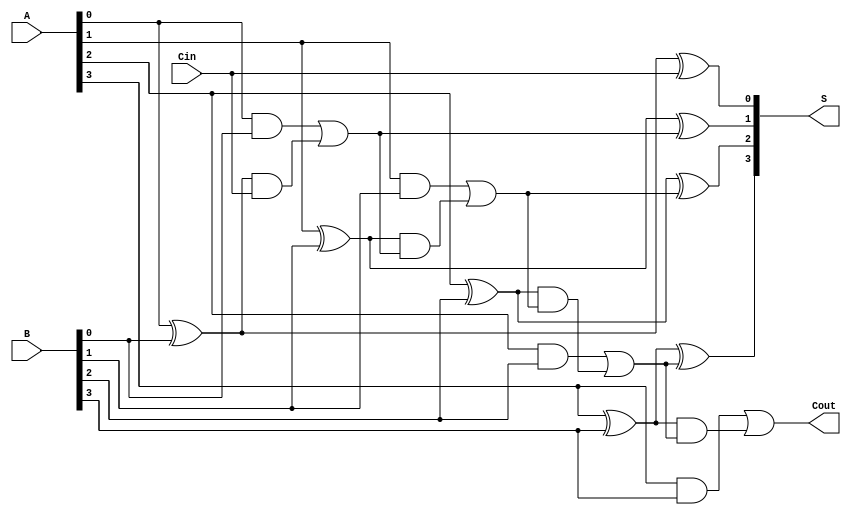
module carry_lookahead_adder #(
    parameter N = 4 // Number of bits
)(
    input [N-1:0] A,  // First n-bit input
    input [N-1:0] B,  // Second n-bit input
    input Cin,        // Carry-in input
    output [N-1:0] S, // Sum output
    output Cout       // Carry-out output
);

// Generate and propagate signals
wire [N-1:0] G; // Generate signals
wire [N-1:0] P; // Propagate signals
wire [N:0] C;   // Carry signals

// Generate and propagate logic
genvar i;
generate
    for (i = 0; i < N; i = i + 1) begin: generate_propagate
        assign G[i] = A[i] & B[i];         // Generate
        assign P[i] = A[i] ^ B[i];         // Propagate
    end
endgenerate

// Carry logic
assign C[0] = Cin; // Initial carry-in
generate
    for (i = 1; i <= N; i = i + 1) begin: carry_logic
        assign C[i] = G[i-1] | (P[i-1] & C[i-1]);
    end
endgenerate

// Sum calculation
generate
    for (i = 0; i < N; i = i + 1) begin: sum_logic
        assign S[i] = P[i] ^ C[i]; // Sum output
    end
endgenerate

// Final carry-out
assign Cout = C[N]; // Carry-out

endmodule